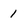
Character: 1